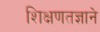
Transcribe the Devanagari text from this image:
शिक्षणतज्ञाने